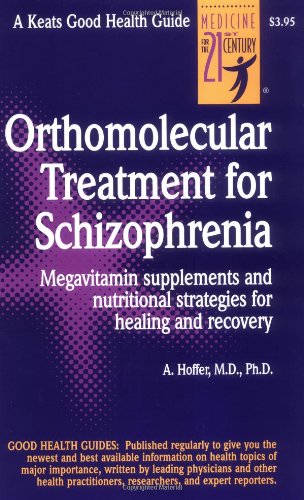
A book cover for Orthomolecular Treatment for Schizophrenia; Abram Hoffer; Health, Fitness & Dieting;